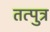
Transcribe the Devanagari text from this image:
तत्पुत्र